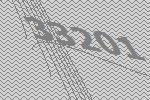
33201